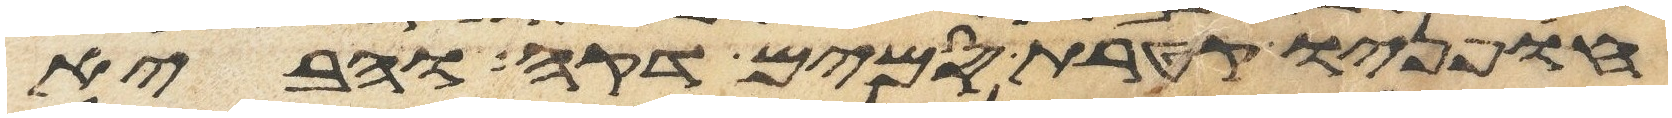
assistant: חפניו קטרת סמים דקה והביא